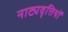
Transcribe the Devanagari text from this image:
नाट्यवृत्तियों